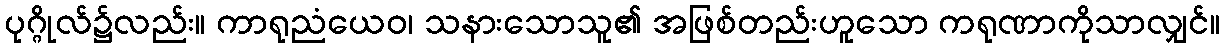
ပုဂ္ဂိုလ်၌လည်း။ ကာရုညံယေဝ၊ သနားသောသူ၏ အဖြစ်တည်းဟူသော ကရုဏာကိုသာလျှင်။